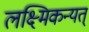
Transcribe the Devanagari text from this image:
लक्ष्मिकन्यत्